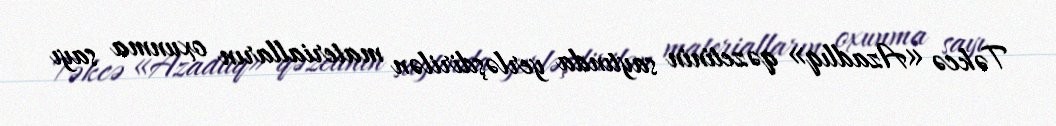
Təkcə «Azadlıq» qəzetinin saytında yerləşdirilən materialların oxunma sayı